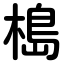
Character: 槝